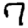
Digit: 7